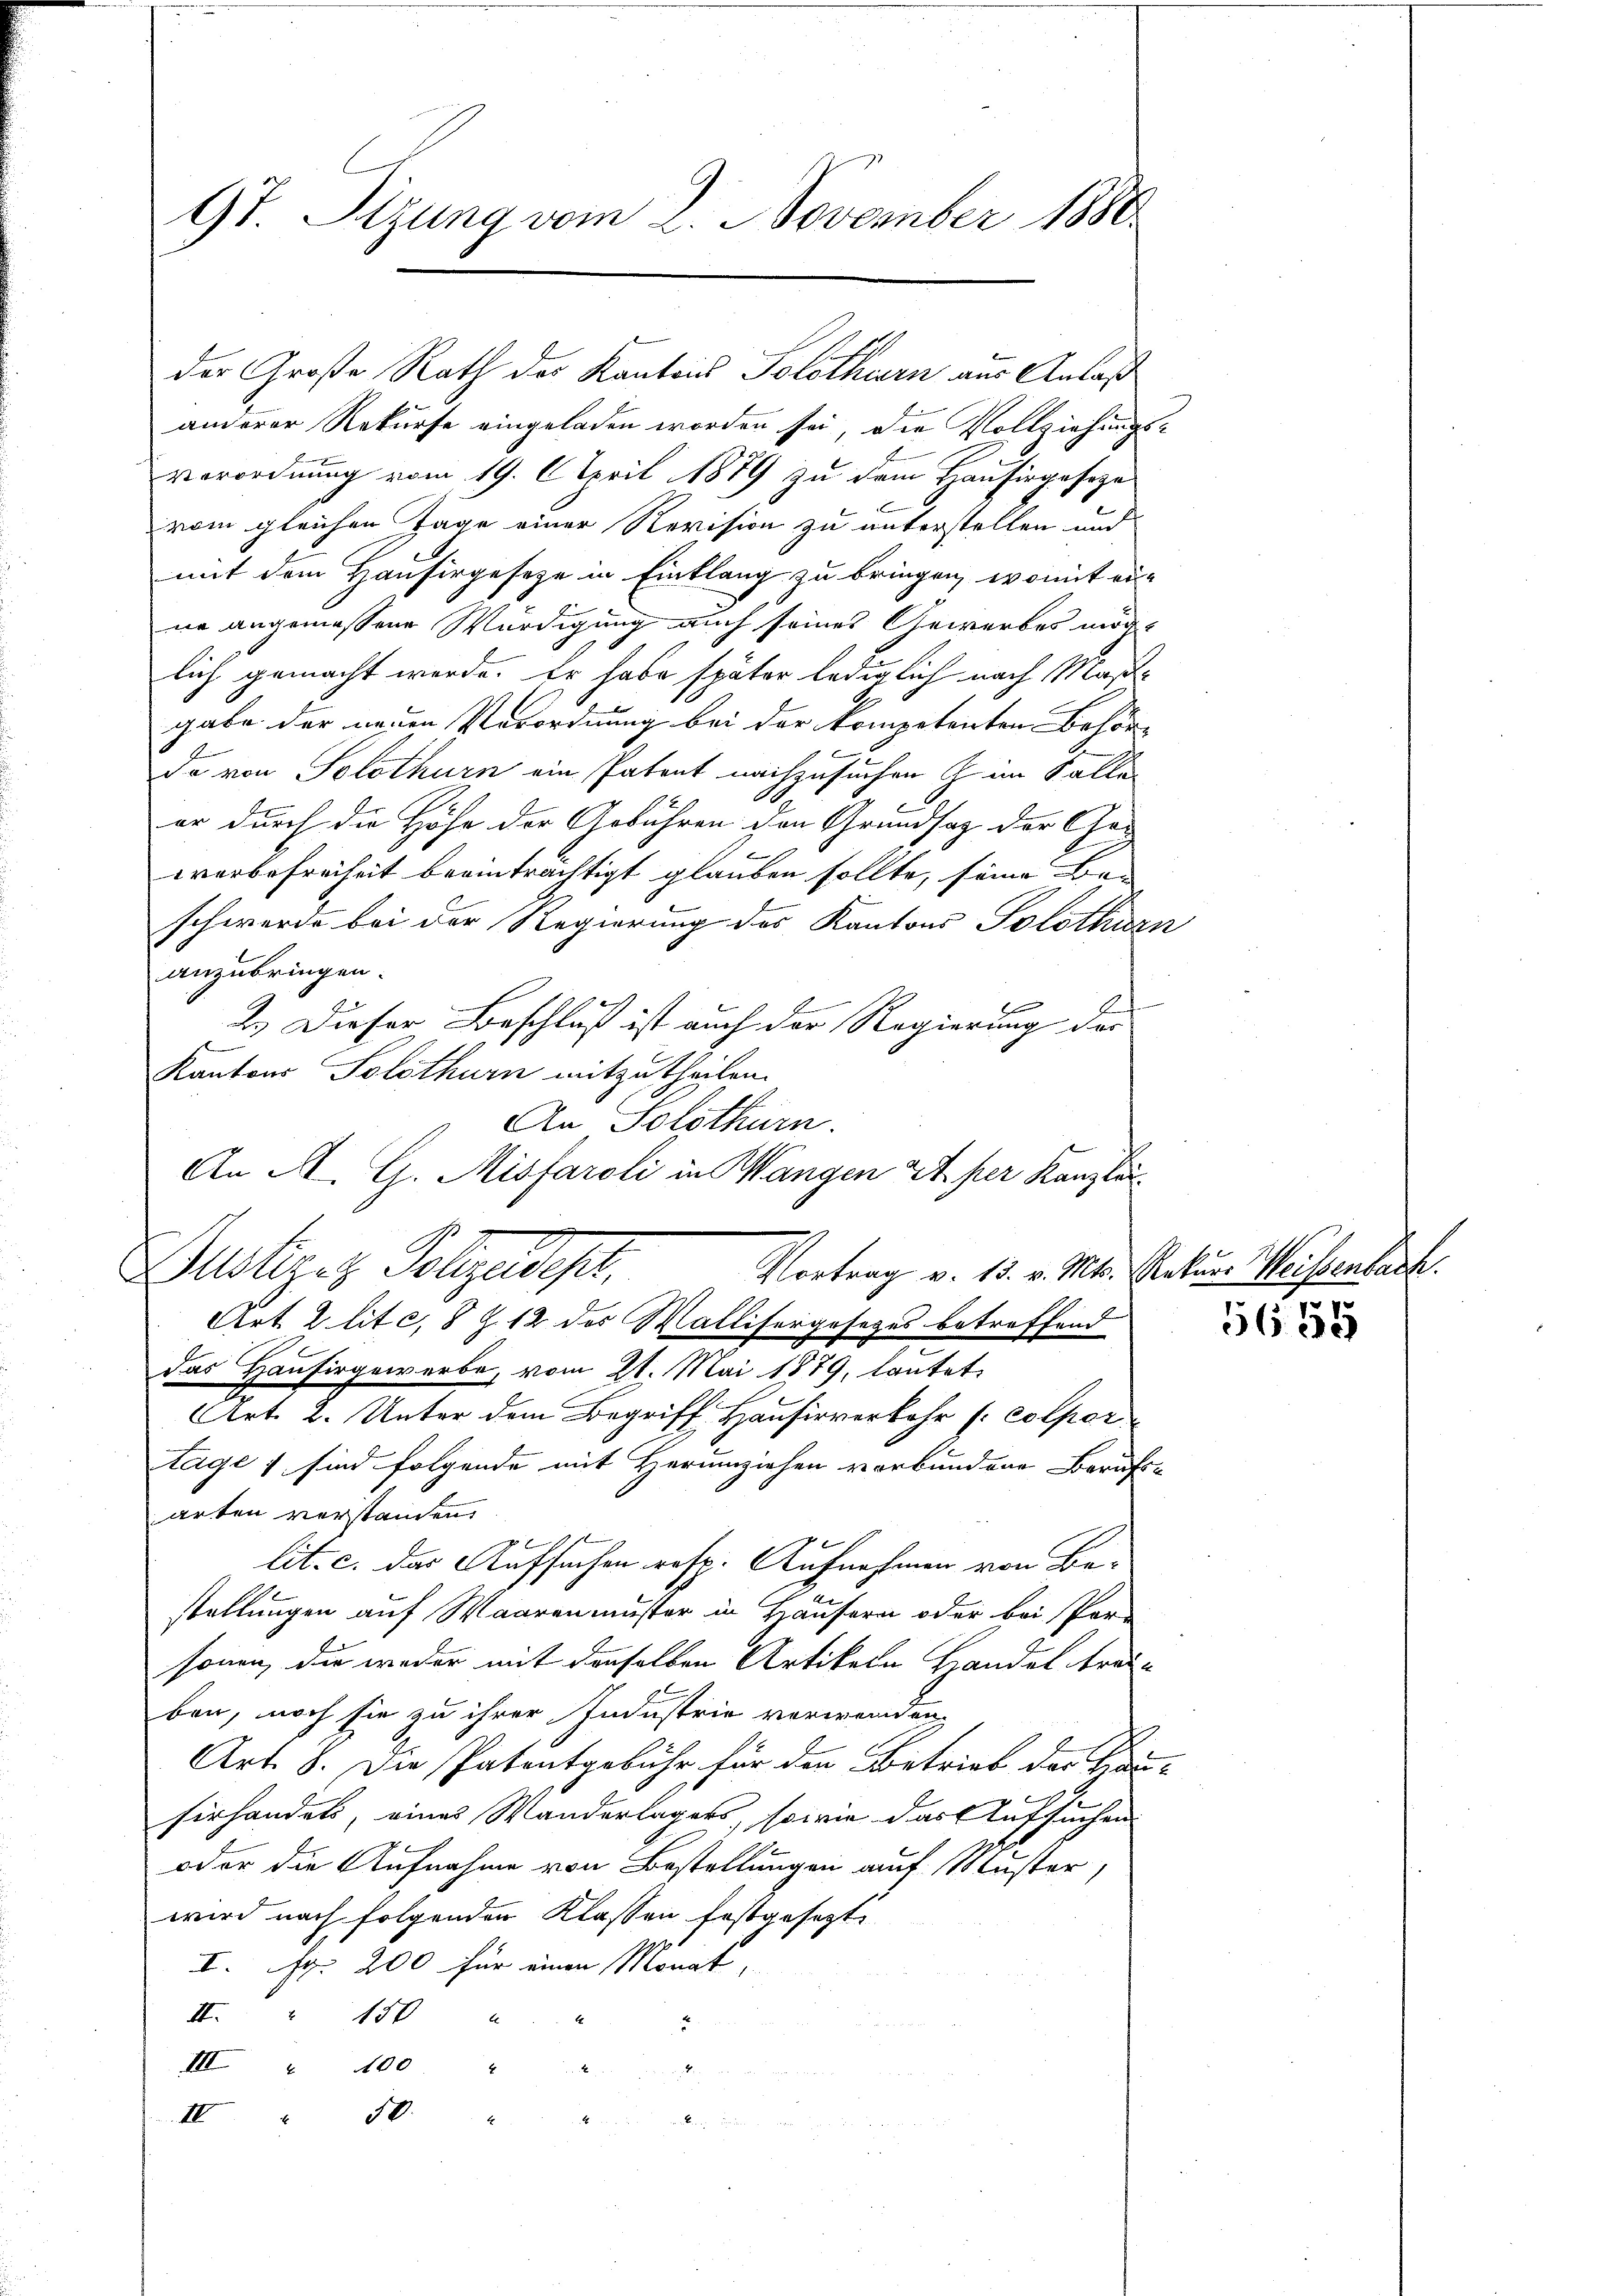
97 Sizung vom 2. November 1880

anderer Rekurse eingeladen worden sei, die Vollziehungs-
verordnung vom 19. April 1879 zu dem Hausirgeseze
vom gleichen Tage einer Revision zu unterstellen und
mit dem Hausirgesetze in Einklang zu bringen, womit ei-
ne angemessene Würdigung auch seines Gewerbes möglich gemacht werde. Er habe später lediglich nach Maßgabe der neuen Verordnung bei der kompetenten Behör-
Da von Solothurn ein Patent nachzusuchen im Falle
er durch die Höhe der Gebühren den Grundsatz der Ge-
werbefreiheit beeinträchtigt glauben sollte, seine Ban
schwerde bei der Regierung des Kantons Solothurn
anzubringen.
i
2.) Dieser Beschluß ist auch der Regierung der
Kantons Solothurn mitzutheilen.
Art. 2 lite, 8 Z. 12 des Wallifergesezes betreffend
das Hausirgewerbe, vom 21. Mai 1879, lautet
Art. 2. Unter dem Begriff Hausirverkehr (Colper
tage 1 sind folgende mit Herumziehen verbundene Berufs-
arten verstanden.
lit. c. das Aufsuchen resp. Aufnahmen von Bestellungen auf Waarenmuster in Häusern oder bei Per-
sonen, die weder mit denselben Artikeln Handel traben, noch sie zu ihrer Industrie verwenden.
Art. 8. Die Patentgebühr für den Betrieb der Hau-
hirhandels, eines Wanderlagers, sowie das Aufsuchen
oder die Aufnahme von Bestellungen auf Muster,
wird nach folgenden Klassen festgesezt.
I. p. 200 für einen Monat,
II. 150 "
2
III 400. 444.
II
50

der Große Rath des Kantons Solothurn aus Anlaß

An Solothurn.
An A. G. Misfaroli in Wangen 24. per Kanzler
Justiges Folgedehnt,
Vortrag v. 15. v. Mts. Rekurs Weissenbach.

5659